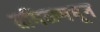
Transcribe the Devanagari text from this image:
तमिळमधून